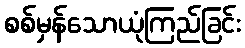
စစ်မှန်သောယုံကြည်ခြင်း